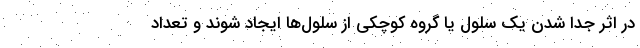
در اثر جدا شدن یک سلول یا گروه کوچکی از سلول‌ها ایجاد شوند و تعداد